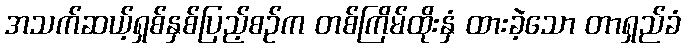
အသက်ဆယ့်ရှစ်နှစ်ပြည့်စဉ်က တစ်ကြိမ်ထိုးနှံ ထားခဲ့သော တာရှည်ခံ